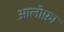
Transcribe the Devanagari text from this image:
आलोफ़ा